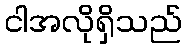
ငါအလိုရှိသည်